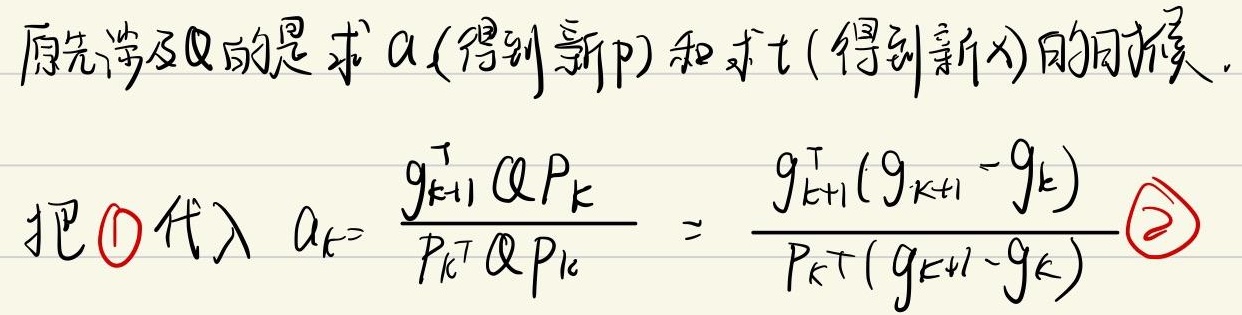
原先涉及Q的是求 \(\alpha\)(得到新p) 和求 \(t\)(得到新x)的时候.
把\textcircled{1} 代入 \(\alpha_{k}= \frac{g_{k + 1}^{\top} Q p_{k}}{p_{k}^{\top} Q p_{k}}  = \frac{g_{k + 1}^{\top} (g_{k + 1} - g_{k})}{p_{k}^{\top} (g_{k + 1} - g_{k})}\textcircled{2}\)